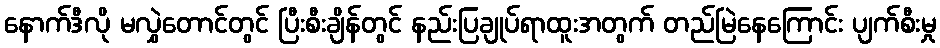
နောက်ဒီလို မလွှဲတောင်တွင် ပြီးစီးချိန်တွင် နည်းပြချုပ်ရာထူးအတွက် တည်မြဲနေကြောင်း ပျက်စီးမှု